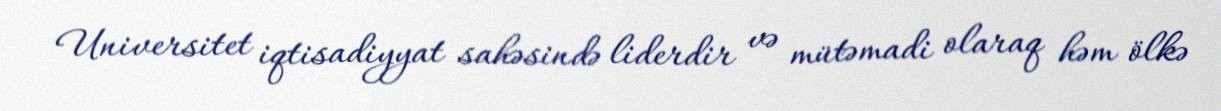
Universitet iqtisadiyyat sahəsində liderdir və mütəmadi olaraq həm ölkə